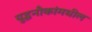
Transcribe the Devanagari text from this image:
युद्धनौकांमधील